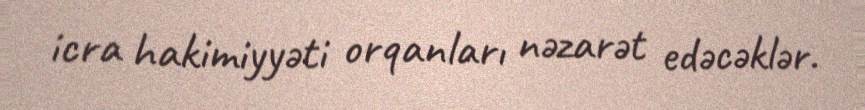
icra hakimiyyəti orqanları nəzarət edəcəklər.